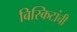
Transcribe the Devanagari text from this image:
बिस्किटांची